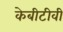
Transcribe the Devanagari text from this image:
केबीटीवी